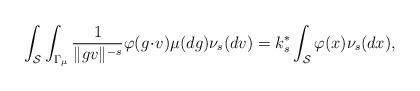
LaTeX: \begin{align*} \int_{\mathcal{S}}\int_{\Gamma_{\mu}} \frac{1}{\|gv\|^{-s}} \varphi(g\!\cdot\! v) \mu(dg) \nu_{s}(dv)= k_{s}^* \int_{\mathcal{S}} \varphi(x) \nu_{s}(dx),\end{align*}